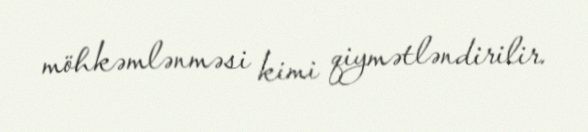
möhkəmlənməsi kimi qiymətləndirilir.